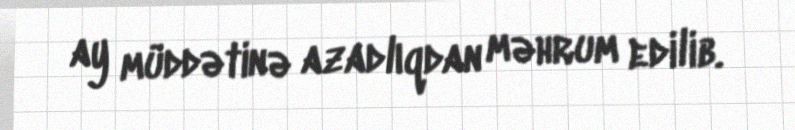
ay müddətinə azadlıqdan məhrum edilib.